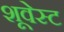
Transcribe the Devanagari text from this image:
शूवेस्ट